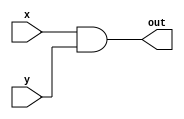
module portaAND ( x, y, out); // declarao do nome do mdulo AND
	input[7:0] x, y; 
	output [7:0] out;

	assign out = x & y;

endmodule